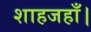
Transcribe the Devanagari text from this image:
शाहजहाँ।